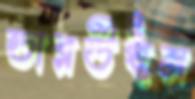
ডারউইন